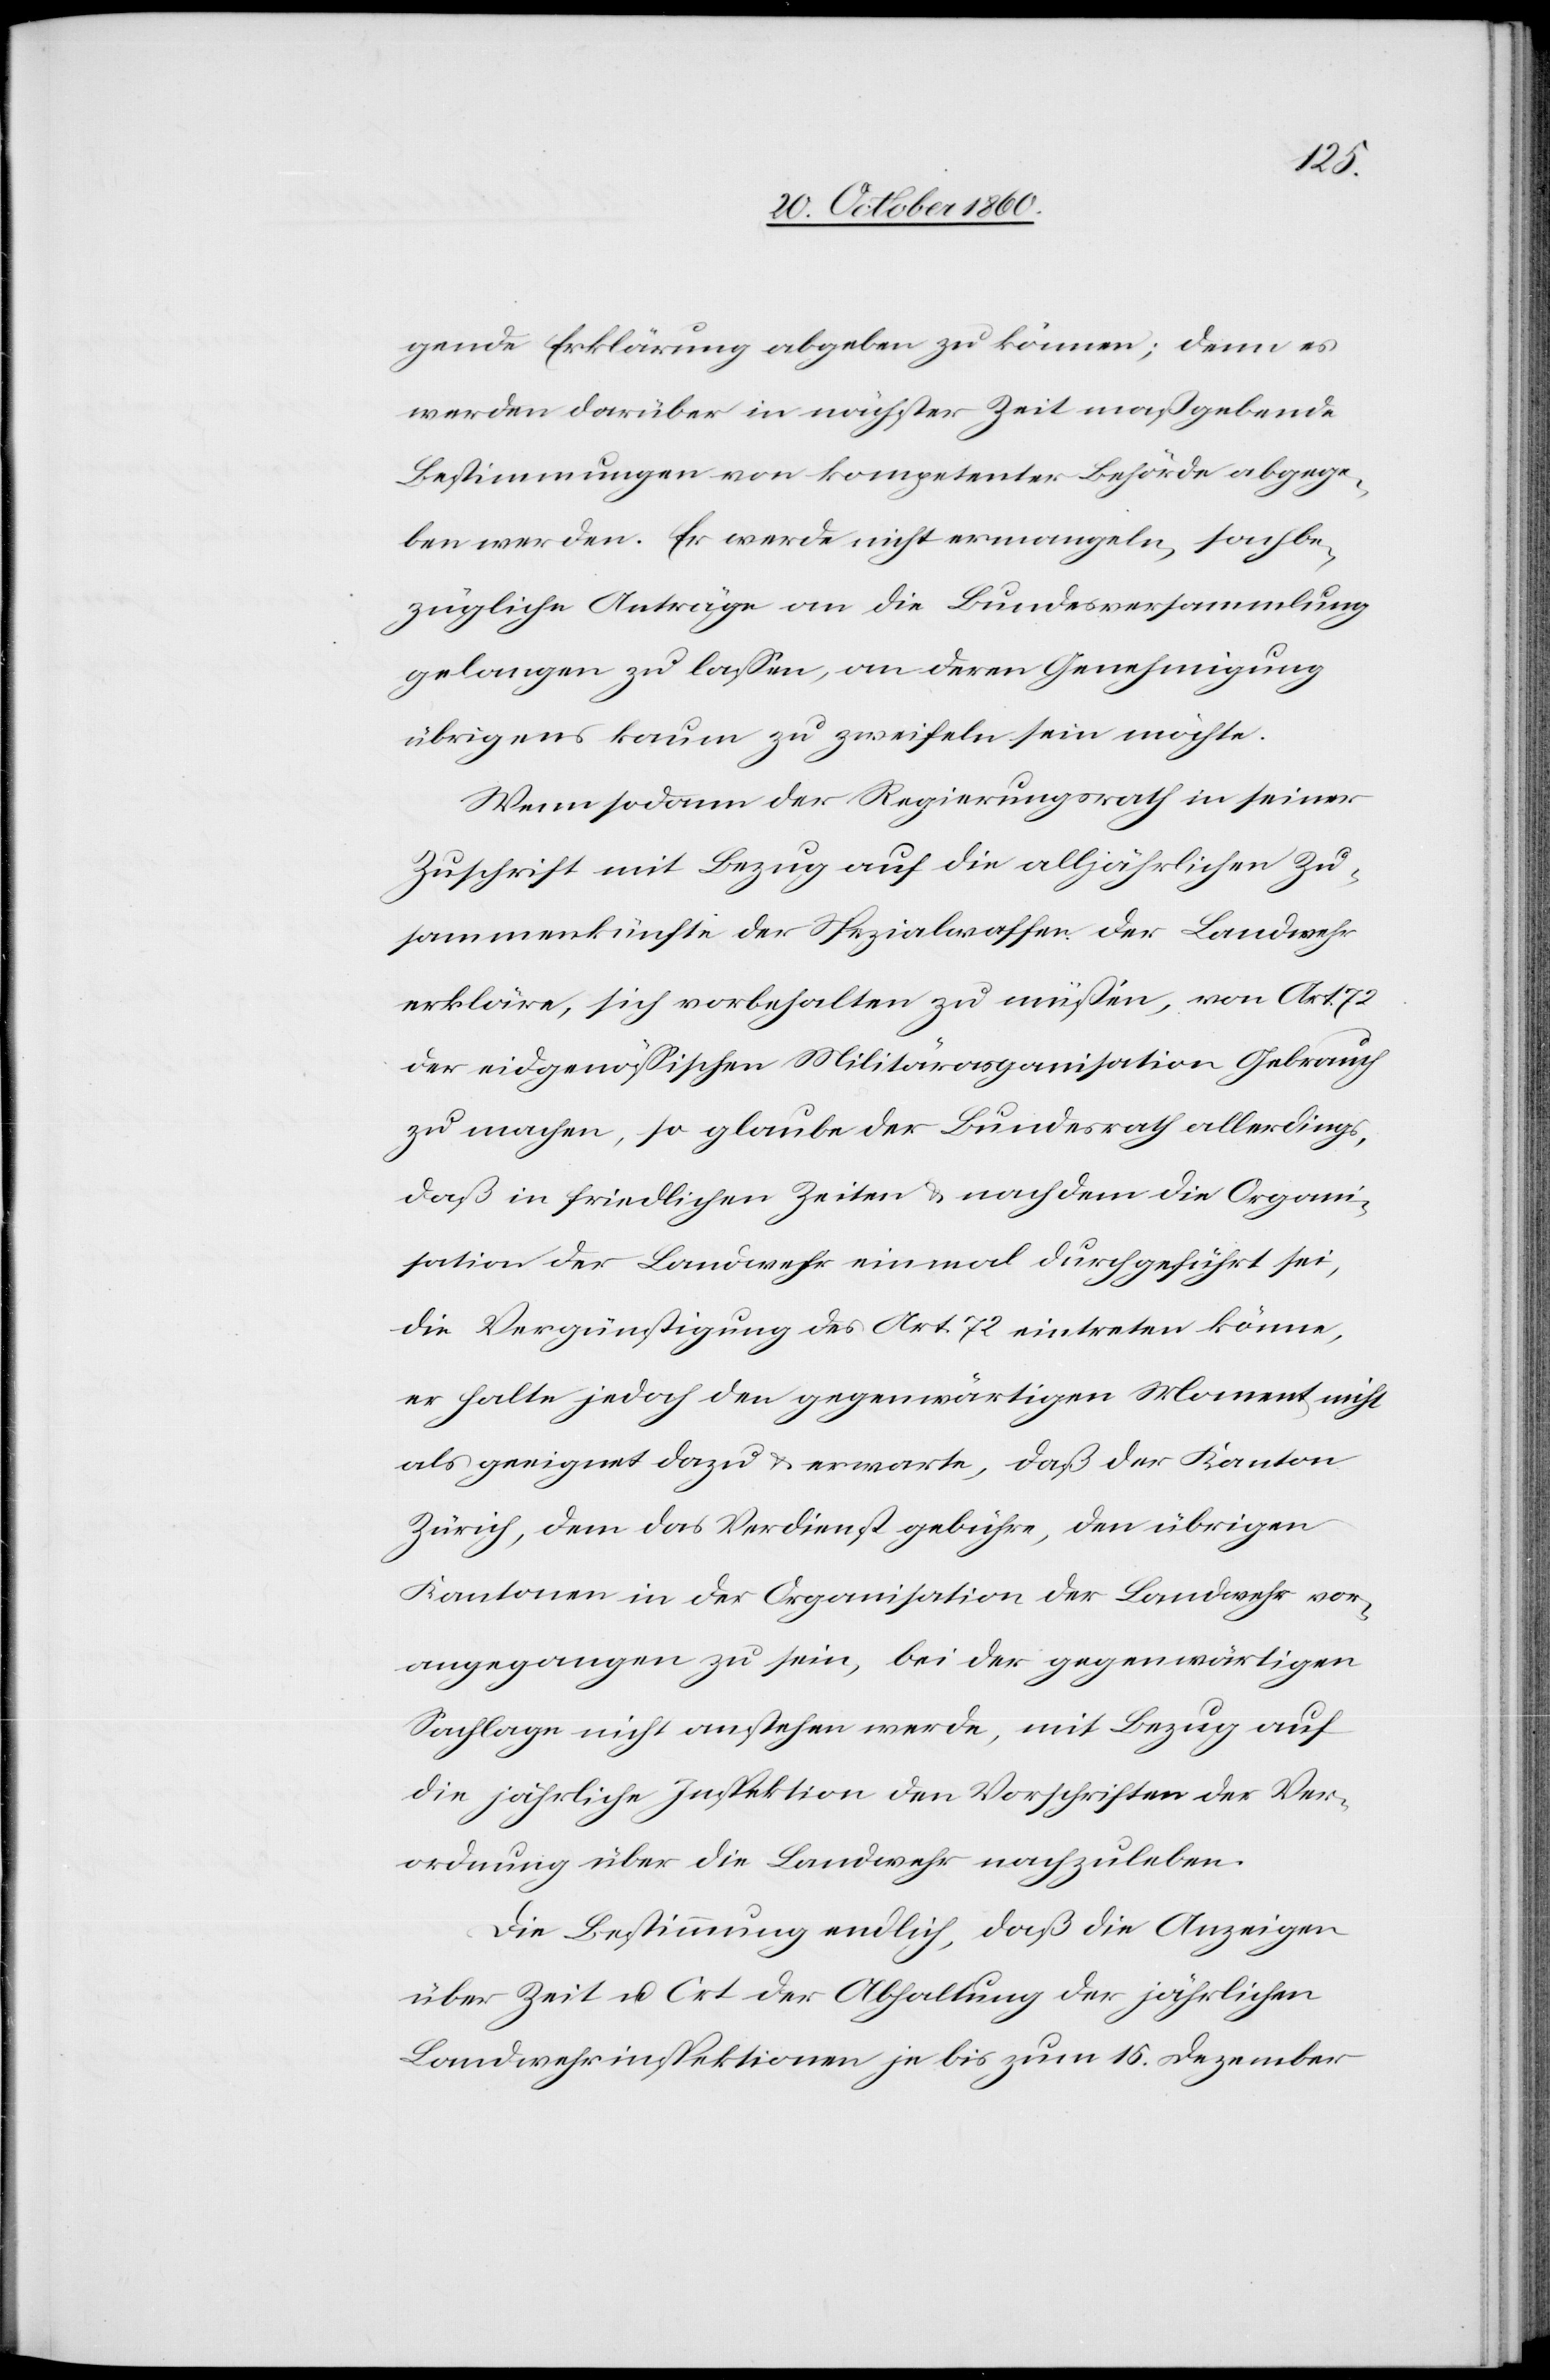
gende Erklärung abgeben zu können; denn es
werden darüber in nächster Zeit maßgebende
Bestimmungen von kompetenter Behörde abgege¬
ben werden. Er werde nicht ermangeln, sachbe¬
zügliche Anträge an die Bundesversammlung
gelangen zu lassen, an deren Genehmigung
übrigens kaum zu zweifeln sein möchte.
Wenn sodann der Regierungsrath in seiner
Zuschrift mit Bezug auf die alljährlichen Zu¬
sammenkünfte der Spezialwaffen der Landwehr
erkläre, sich vorbehalten zu müssen, von Art. 72
der eidgenössischen Militärorganisation Gebrauch
zu machen, so glaube der Bundesrath allerdings,
daß in friedlichen Zeiten u. nachdem die Organi¬
sation der Landwehr einmal durchgeführt sei,
die Vergünstigung des Art. 72 eintreten könne,
er halte jedoch den gegenwärtigen Moment nicht
als geeignet dazu u. erwarte, daß der Kanton
Zürich, dem das Verdienst gebühre, den übrigen
Kantonen in der Organisation der Landwehr vor¬
angegangen zu sein, bei der gegenwärtigen
Sachlage nicht anstehen werde, mit Bezug auf
die jährliche Inspektion den Vorschriften der Ver¬
ordnung über die Landwehr nachzuleben.
Die Bestimmung endlich, daß die Anzeigen
über Zeit u. Ort der Abhaltung der jährlichen
Landwehrinspektionen je bis zum 15. Dezember